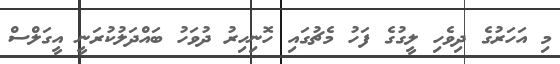
މި އަހަރުގެ ދިވެހި ލީގުގެ ފަހު މެޗުގައި ހޮނިހިރު ދުވަހު ބައްދަލުކުރަނީ އީގަލްސް